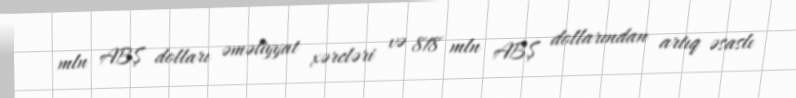
mln ABŞ dolları əməliyyat xərcləri və 818 mln ABŞ dollarından artıq əsaslı